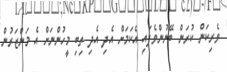
ވެރިކަން ކުރަން ބޭނުންވެފައި އެކަމަށް އެދި އެދި ތިބި މީހުންނަށް އެ މަންޒަރުން